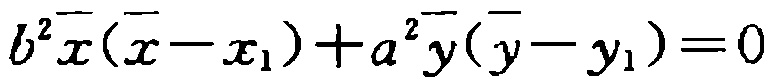
\(b^{2}\overline{x}(\overline{x}-x_{1}) + a^{2}\overline{y}(\overline{y}-y_{1}) = 0\)